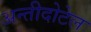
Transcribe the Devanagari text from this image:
अन्तीदोटेल